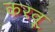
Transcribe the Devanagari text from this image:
करवू